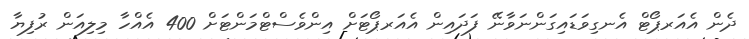
ދެން އެއަރޕޯޓް އެނގިވަޑައިގަންނަވާނޭ ފަދައިން އެއަރޕޯޓަށް އިންވެސްޓްމަންޓަށް 400 އެއްހާ މިލިއަން ރުފިޔާ